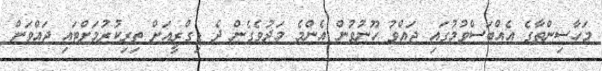
މަހާސިންތާގެ އެއްބަސްވުމުގައި ޖައްވު ހޫނުވުން އެންމެ މަދުވެގެން ދެ ޑިގްރީއަށް ތިރިކުރުމަށްޓައި ޖައްވަށް